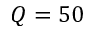
Q = 5 0